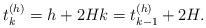
LaTeX: \begin{align*} t_{k}^{(h)} = h + 2H k = t_{k-1}^{(h)} + 2H .\end{align*}